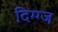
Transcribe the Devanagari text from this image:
दिग्ग्ज